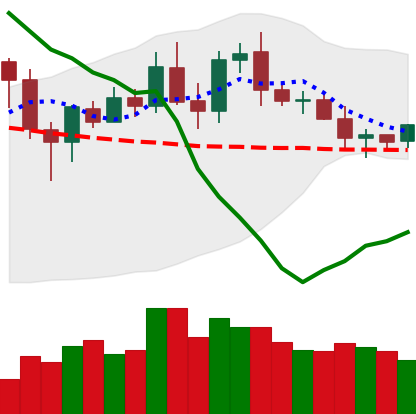
Ticker: DOGE-USD
Chart end date: 2020-01-26
Forward return: 3.861%
Label: up_3_5